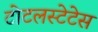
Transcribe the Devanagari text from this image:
टोटलस्टेटेस